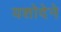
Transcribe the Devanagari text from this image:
यशोदेने